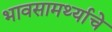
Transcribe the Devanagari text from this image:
भावसामर्थ्याचे